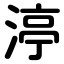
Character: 渟